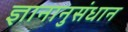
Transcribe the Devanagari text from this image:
ज्ञानानुसंधान